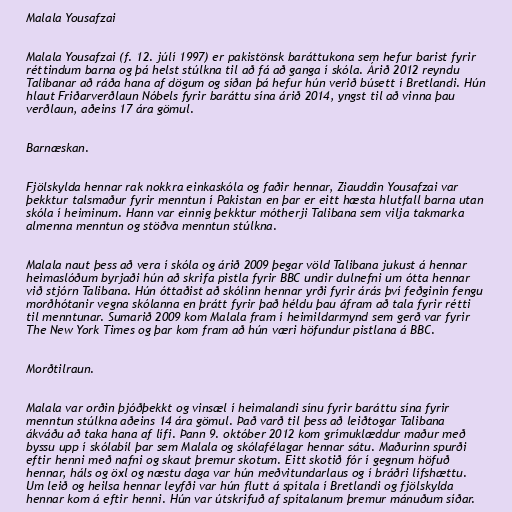
Malala Yousafzai

Malala Yousafzai (f. 12. júlí 1997) er pakistönsk baráttukona sem hefur barist fyrir
réttindum barna og þá helst stúlkna til að fá að ganga í skóla. Árið 2012 reyndu
Talibanar að ráða hana af dögum og síðan þá hefur hún verið búsett í Bretlandi. Hún
hlaut Friðarverðlaun Nóbels fyrir baráttu sína árið 2014, yngst til að vinna þau
verðlaun, aðeins 17 ára gömul.

Barnæskan.

Fjölskylda hennar rak nokkra einkaskóla og faðir hennar, Ziauddin Yousafzai var
þekktur talsmaður fyrir menntun í Pakistan en þar er eitt hæsta hlutfall barna utan
skóla í heiminum. Hann var einnig þekktur mótherji Talibana sem vilja takmarka
almenna menntun og stöðva menntun stúlkna.

Malala naut þess að vera í skóla og árið 2009 þegar völd Talibana jukust á hennar
heimaslóðum byrjaði hún að skrifa pistla fyrir BBC undir dulnefni um ótta hennar
við stjórn Talibana. Hún óttaðist að skólinn hennar yrði fyrir árás því feðginin fengu
morðhótanir vegna skólanna en þrátt fyrir það héldu þau áfram að tala fyrir rétti
til menntunar. Sumarið 2009 kom Malala fram í heimildarmynd sem gerð var fyrir
The New York Times og þar kom fram að hún væri höfundur pistlana á BBC.

Morðtilraun.

Malala var orðin þjóðþekkt og vinsæl í heimalandi sínu fyrir baráttu sína fyrir
menntun stúlkna aðeins 14 ára gömul. Það varð til þess að leiðtogar Talibana
ákváðu að taka hana af lífi. Þann 9. október 2012 kom grímuklæddur maður með
byssu upp í skólabíl þar sem Malala og skólafélagar hennar sátu. Maðurinn spurði
eftir henni með nafni og skaut þremur skotum. Eitt skotið fór í gegnum höfuð
hennar, háls og öxl og næstu daga var hún meðvitundarlaus og í bráðri lífshættu.
Um leið og heilsa hennar leyfði var hún flutt á spítala í Bretlandi og fjölskylda
hennar kom á eftir henni. Hún var útskrifuð af spítalanum þremur mánuðum síðar.